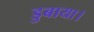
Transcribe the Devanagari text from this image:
डुबाया।